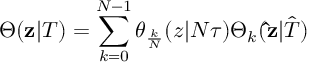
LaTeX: \Theta ( { \bf z } | T ) = \sum _ { k = 0 } \sp { N - 1 } \theta _ { \frac { k } { N } } ( z | N \tau ) \Theta _ { k } ( { \bf \hat { z } } | { \hat { T } } )